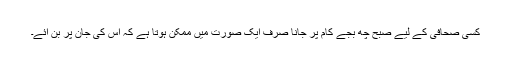
کسی صحافی کے لیے صبح چھ بجے کام پر جانا صرف ایک صورت میں ممکن ہوتا ہے کہ اس کی جان پر بن آئے۔